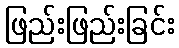
ဖြည်းဖြည်းခြင်း